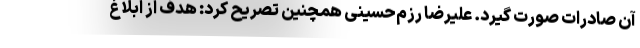
آن صادرات صورت گیرد. علیرضا رزم‌حسینی همچنین تصریح کرد: هدف از ابلاغ